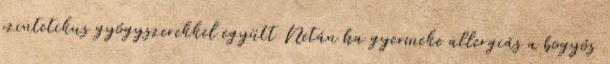
szintetikus gyógyszerekkel együtt Netán ha gyermeke allergiás a bogyós